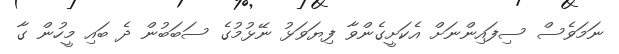
ނަމަވެސް ސިފައިންނަށް އެކަށީގެންވާ ފިޔަވަޅު ނޭޅުމުގެ ސަބަބުން ދެ ބައި މީހުން ގާ